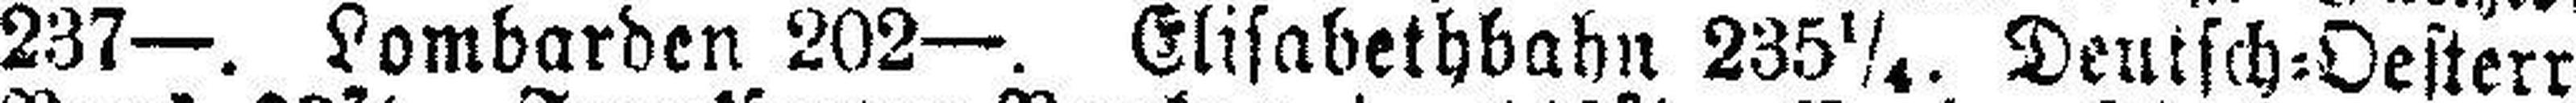
237—. Lombarden 202—. Elisabethbahn 235¼. Deutsch=Oesterr.